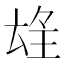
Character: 𱯁